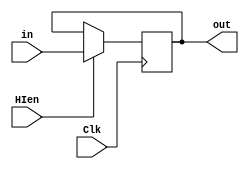
`timescale 1ns / 1ps
//////////////////////////////////////////////////////////////////////////////////
// Engineers: James Fulton, Raphael Lepercq, & Wilson Liao 
//////////////////////////////////////////////////////////////////////////////////


module HI(in, out, HIen, Clk);
    input HIen, Clk;
    input [31:0] in;
    output reg [31:0] out;
    
    reg [31:0] HIreg;
    
    initial begin
        HIreg <= 0;
    end
    
    always @(posedge Clk) begin
        if (HIen == 1) begin
            HIreg <= in;
        end
    end
    always @(*) begin
        out <= HIreg;
    end

endmodule